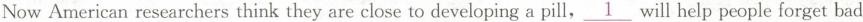
Now American researchers think they are close to developing a pill，\underline{1} will help people forget bad